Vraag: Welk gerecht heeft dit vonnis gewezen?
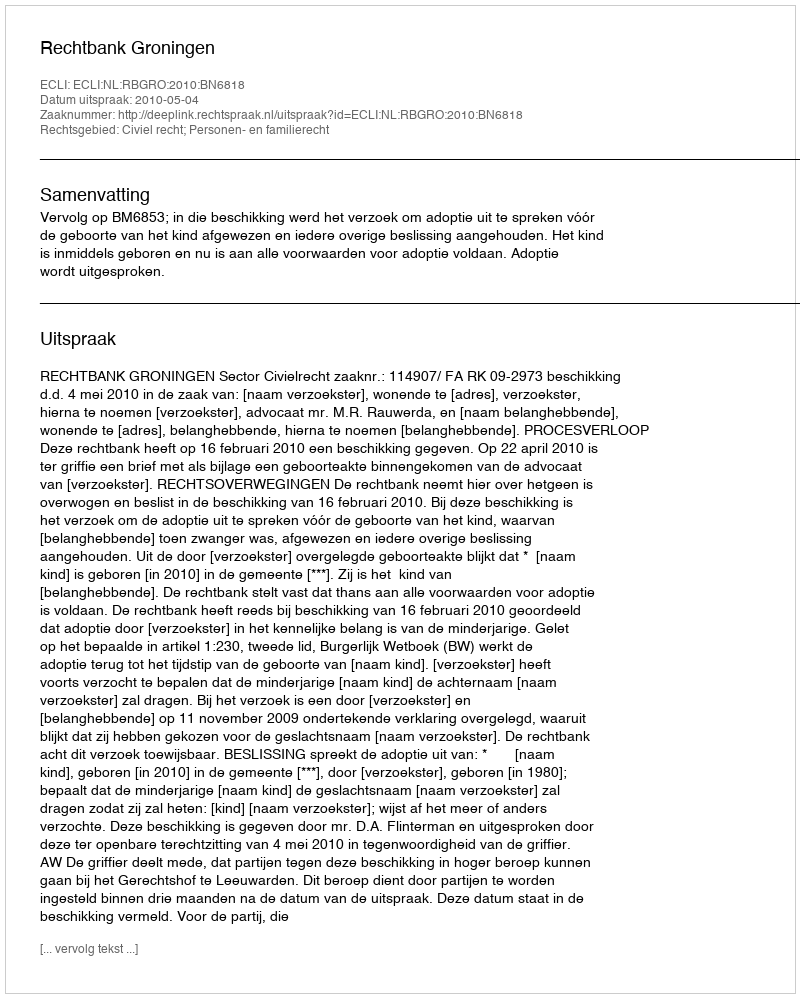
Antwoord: Rechtbank Groningen